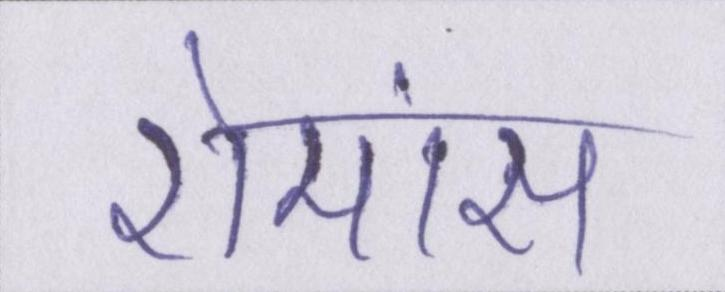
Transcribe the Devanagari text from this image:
रोमांस